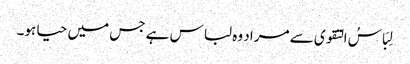
لِبَاسُ التقوی سے مراد وہ لباس ہے جس میں حیا ہو۔